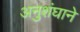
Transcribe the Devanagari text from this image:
अनुशंघाने